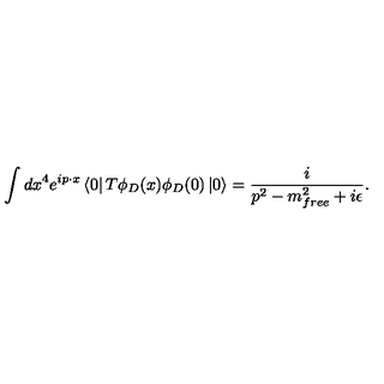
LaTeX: \int d x ^ { 4 } e ^ { i p \cdot x } \left< 0 \right| T \phi _ { D } ( x ) \phi _ { D } ( 0 ) \left| 0 \right> = \frac { i } { p ^ { 2 } - m _ { f r e e } ^ { 2 } + i \epsilon } .